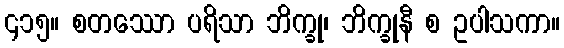
၄၁၅။ စတဿော ပရိသာ ဘိက္ခု၊ ဘိက္ခုနီ စ ဥပါသကာ။